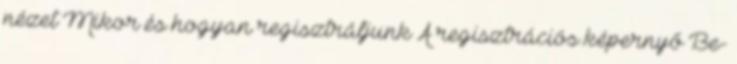
nézet Mikor és hogyan regisztráljunk A regisztrációs képernyő Be-